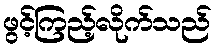
ဖွင့်ကြည့်လိုက်သည်